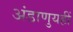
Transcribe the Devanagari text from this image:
अंडाणुयहीं